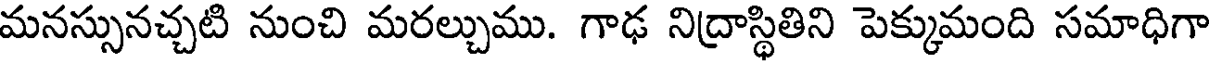
మనస్సునచ్చటి నుంచి మరల్చుము. గాఢ నిద్రాస్థితిని పెక్కుమంది సమాధిగా